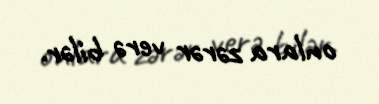
onlara zərər verə bilər.